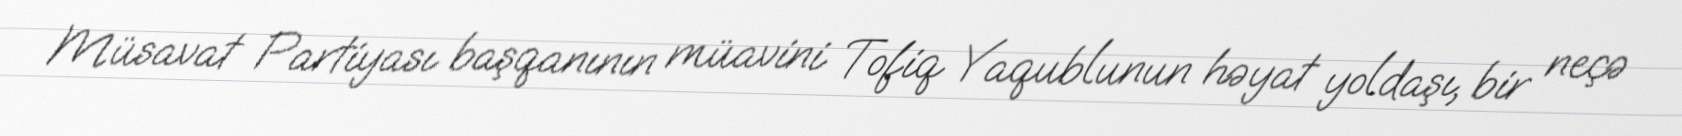
Müsavat Partiyası başqanının müavini Tofiq Yaqublunun həyat yoldaşı, bir neçə